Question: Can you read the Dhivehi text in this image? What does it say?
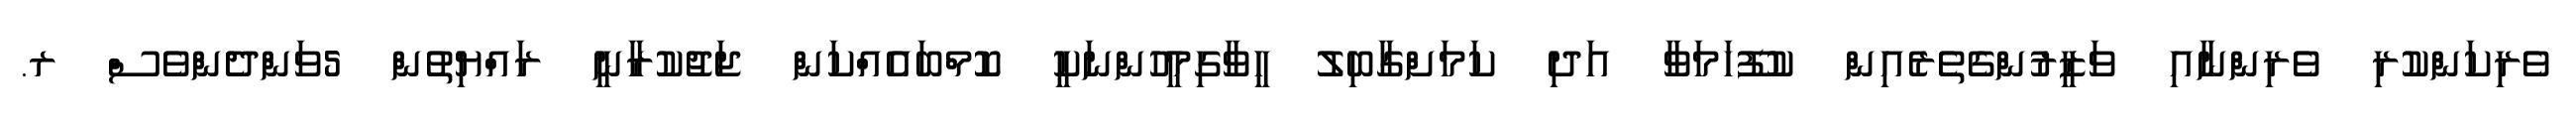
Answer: ވެރިކަންކުރި ވެރިންނާއި ވަޒީރުންގެތެރެއިން ކުފޫހަމަވާ އަދި ކަމަށްގާބިލު ހީވާގިމީހުންނަކީ ކޮމްބައެއްކަން ޖަޖުކުރާނީ ރައްޔިތުން 5ވަންދެންވެސް ރ.